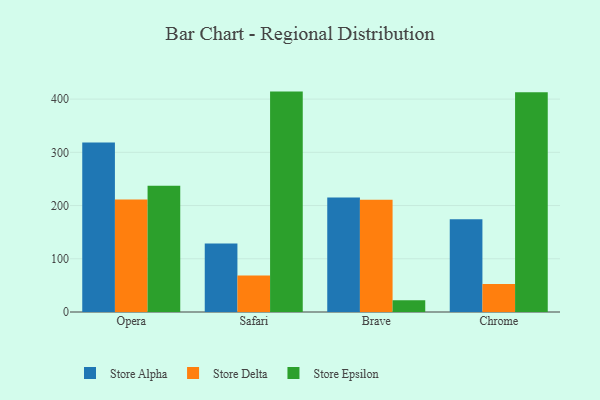
{"axis": {"x": "Browser", "y": "Website Visitors"}, "legend": ["Store Alpha", "Store Delta", "Store Epsilon"], "data": [{"x": "Opera", "y": 318.5, "type": "Store Alpha"}, {"x": "Opera", "y": 211.5, "type": "Store Delta"}, {"x": "Opera", "y": 237.3, "type": "Store Epsilon"}, {"x": "Safari", "y": 128.7, "type": "Store Alpha"}, {"x": "Safari", "y": 68.8, "type": "Store Delta"}, {"x": "Safari", "y": 414.1, "type": "Store Epsilon"}, {"x": "Brave", "y": 215.1, "type": "Store Alpha"}, {"x": "Brave", "y": 211.1, "type": "Store Delta"}, {"x": "Brave", "y": 22.1, "type": "Store Epsilon"}, {"x": "Chrome", "y": 174.4, "type": "Store Alpha"}, {"x": "Chrome", "y": 52.6, "type": "Store Delta"}, {"x": "Chrome", "y": 412.8, "type": "Store Epsilon"}]}